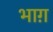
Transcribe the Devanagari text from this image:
भाग़